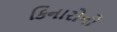
કિનારોનો